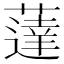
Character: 薘